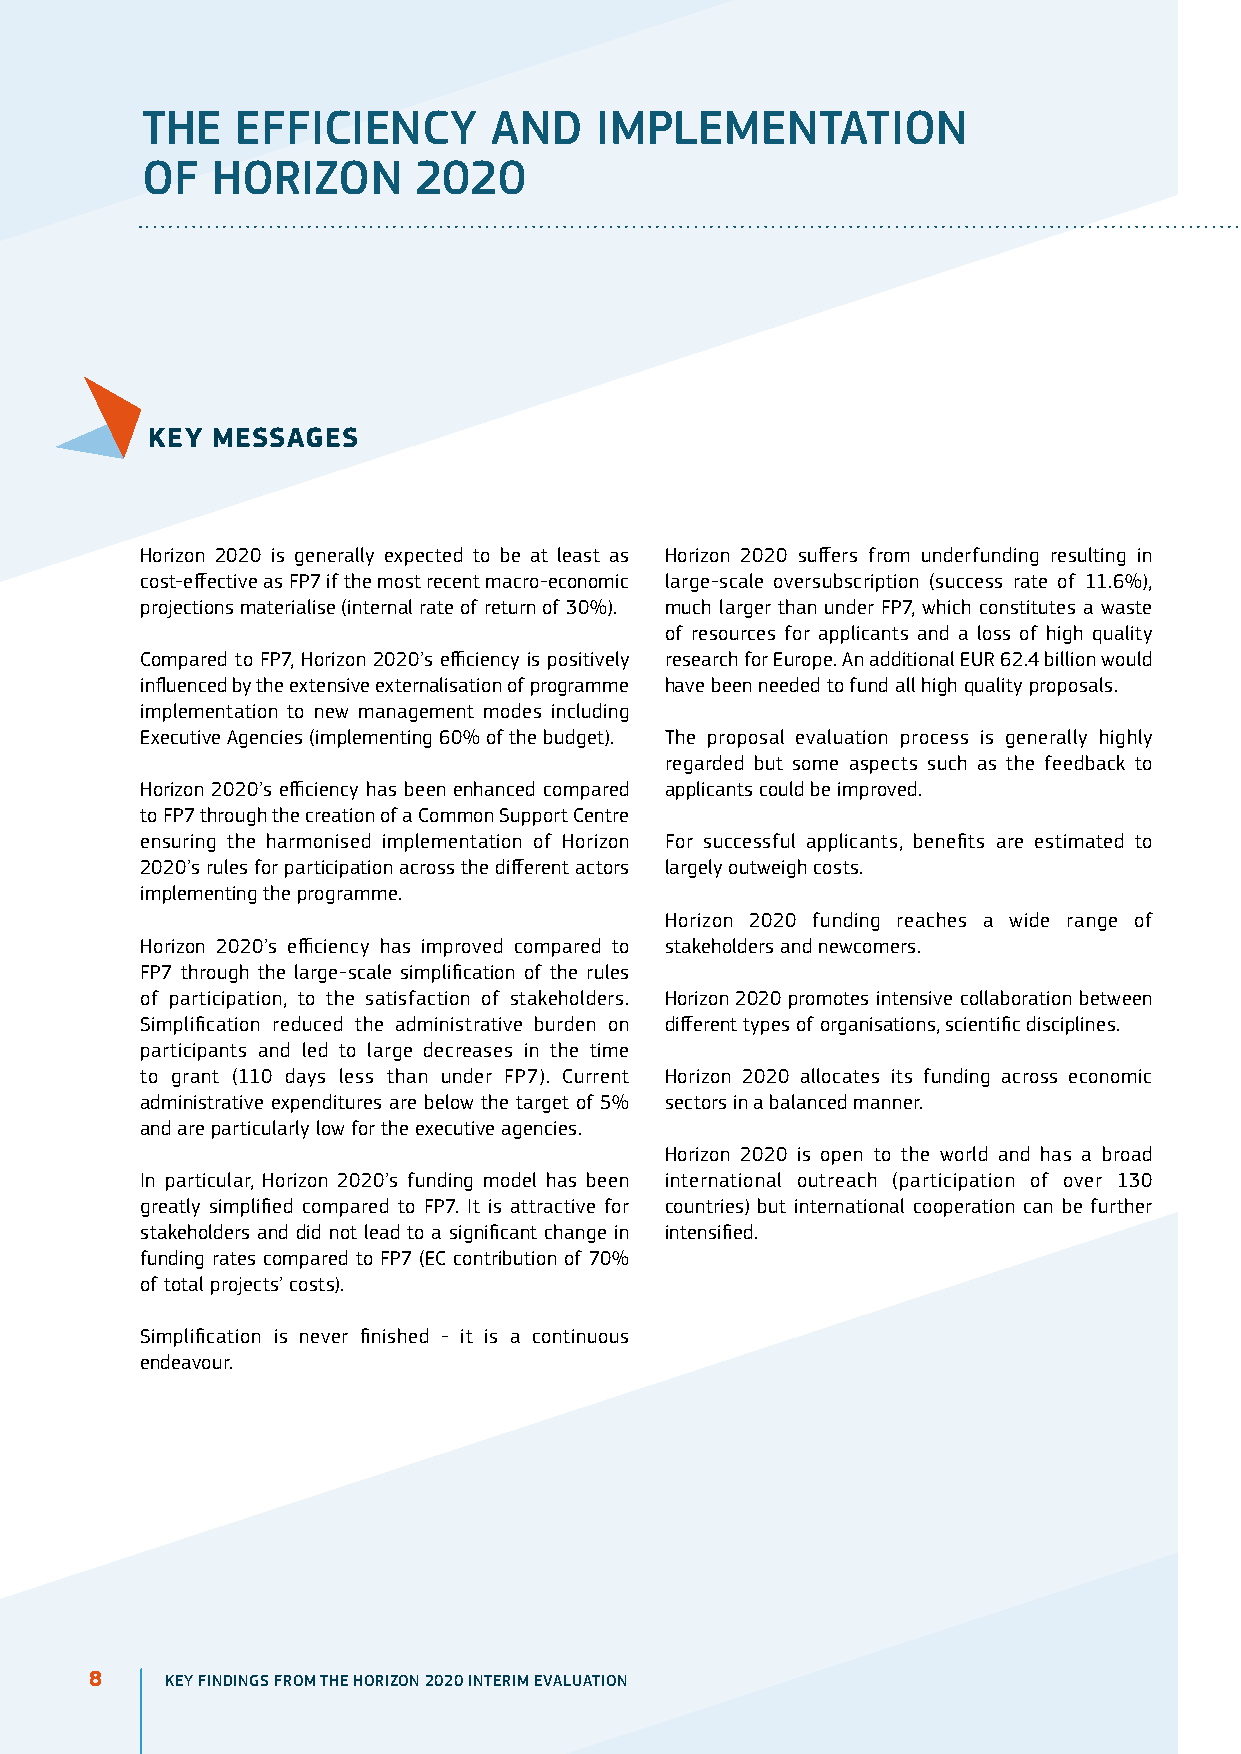
THE    EFFiCiEnCY       AnD   iMPLEMEnTATion
 oF   Horizon      2020
 KEy MESSAgES
 Horizon 2020 is generally expected to be at least as Horizon 2020 suffers from underfunding resulting in
 cost-effective as FP7 if the most recent macro-economic large-scale oversubscription (success rate of 11.6%),
 projections materialise (internal rate of return of 30%). much larger than under FP7, which constitutes a waste
 of resources for applicants and a loss of high quality
 Compared to FP7, Horizon 2020’s efficiency is positively research for Europe. An additional EUR 62.4 billion would
 influenced by the extensive externalisation of programme have been needed to fund all high quality proposals.
 implementation to new management modes including
 Executive Agencies (implementing 60% of the budget). The proposal evaluation process is generally highly
 regarded but some aspects such as the feedback to
 Horizon 2020’s efficiency has been enhanced compared applicants could be improved.
 to FP7 through the creation of a Common Support Centre
 ensuring the harmonised implementation of Horizon For successful applicants, benefits are estimated to
 2020’s rules for participation across the different actors largely outweigh costs.
 implementing the programme.
 Horizon 2020 funding reaches a wide range of
 Horizon 2020’s efficiency has improved compared to stakeholders and newcomers.
 FP7 through the large-scale simplification of the rules
 of participation, to the satisfaction of stakeholders. Horizon 2020 promotes intensive collaboration between
 Simplification reduced the administrative burden on different types of organisations, scientific disciplines.
 participants and led to large decreases in the time
 to grant (110 days less than under FP7). Current Horizon 2020 allocates its funding across economic
 administrative expenditures are below the target of 5% sectors in a balanced manner.
 and are particularly low for the executive agencies.
 Horizon 2020 is open to the world and has a broad
 In particular, Horizon 2020’s funding model has been international outreach (participation of over 130
 greatly simplified compared to FP7. It is attractive for countries) but international cooperation can be further
 stakeholders and did not lead to a significant change in intensified.
 funding rates compared to FP7 (EC contribution of 70%
 of total projects’ costs).
 Simplification is never finished - it is a continuous
 endeavour.
 8    KEY FINDINGS FROM THE HORIZON 2020 INTERIM EVALUATION